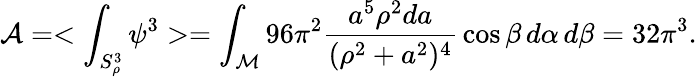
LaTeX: {\cal A}=<\int_{S_{\rho}^{3}}\psi^{3}>=\int_{\cal M}96\pi^{2}{\frac{a^{5}\rho^{2}da}{(\rho^{2}+a^{2})^{4}}}\cos\beta\, d\alpha\, d\beta=32\pi^{3}.